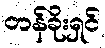
တန်ခိုးရှင်